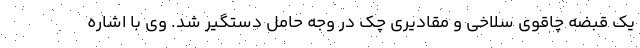
یک قبضه چاقوی سلاخی و مقادیری چک در وجه حامل دستگیر شد. وی با اشاره